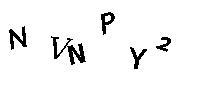
NVNPY2